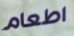
اطعام